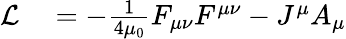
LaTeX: \begin{array}{rl}{{\mathcal{L}}}&{{}=-{\frac{1}{4\mu_{0}}}F_{\mu\nu}F^{\mu\nu}-J^{\mu}A_{\mu}}\end{array}